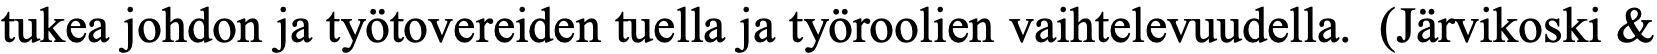
tukea johdon ja työtovereiden tuella ja työroolien vaihtelevuudella. (Järvikoski &